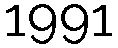
1991